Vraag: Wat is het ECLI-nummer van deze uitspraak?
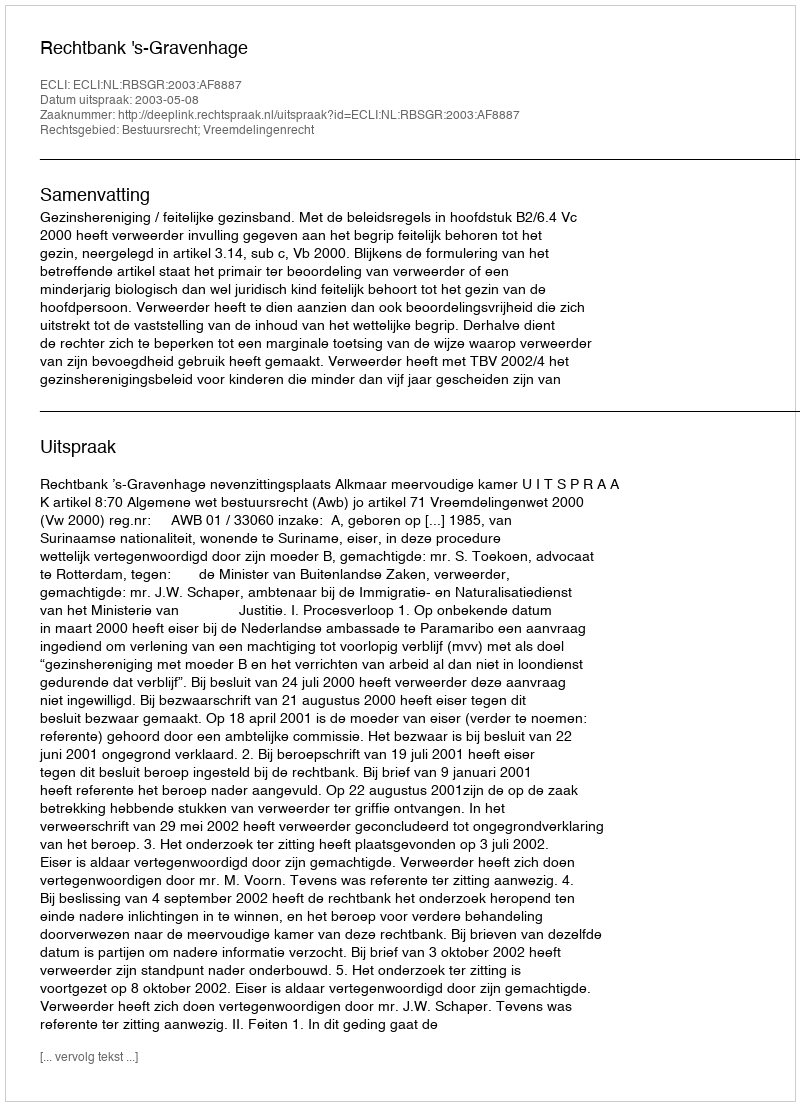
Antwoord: ECLI:NL:RBSGR:2003:AF8887